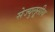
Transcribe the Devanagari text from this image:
सेज्युलूसीय